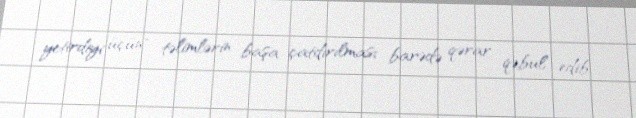
yetirdiyi üçün" təlimlərin başa çatdırılması barədə qərar qəbul edib.